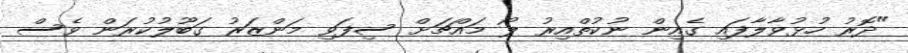
"ދޮރު ހުޅުވާލާފައި ގެއިން ނުކުތްއިރު ލޯ މައްޗަށް ސިފަވި މަންޒަރު ގަބޫލުކުރަން ވެސް